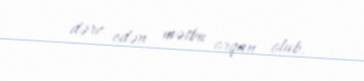
dərc edən mətbu orqan olub.